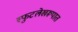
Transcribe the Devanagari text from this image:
स्फुटलेखरूपात